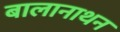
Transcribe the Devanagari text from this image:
बालानाथन